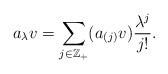
LaTeX: \begin{align*} a_\lambda v=\sum_{j\in\mathbb{Z_{+}}}(a_{(j)}v)\frac{\lambda^{j}}{j!}.\end{align*}